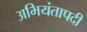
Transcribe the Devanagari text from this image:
अभियंतापदी